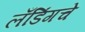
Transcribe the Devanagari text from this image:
लँडिंगचे